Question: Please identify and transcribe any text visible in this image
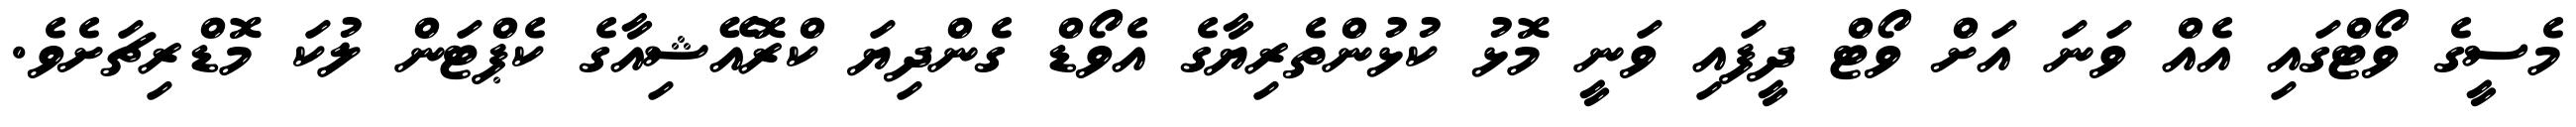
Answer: މެސީގެ ވޯޓްގައި އެއް ވަނަ އަށް ވޯޓް ދީފައި ވަނީ މޮޅު ކުޅުންތެރިޔާގެ އެވޯޑް ގެންދިޔަ ކްރޮއޭޝިއާގެ ކެޕްޓަން ލުކަ މޮޑްރިޗަށެވެ.